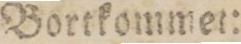
Bortkommet: